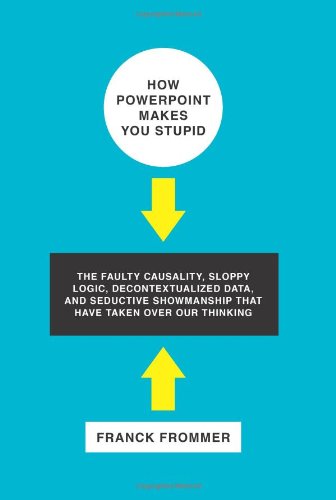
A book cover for How PowerPoint Makes You Stupid: The Faulty Causality, Sloppy Logic, Decontextualized Data, and Seductive Showmanship That Have Taken Over Our Thinking; Franck Frommer; Computers & Technology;